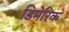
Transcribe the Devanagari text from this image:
डिमेरिक